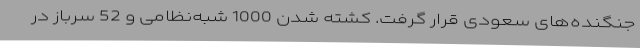
جنگنده‌های سعودی قرار گرفت. کشته شدن 1000 شبه‌نظامی و 52 سرباز در